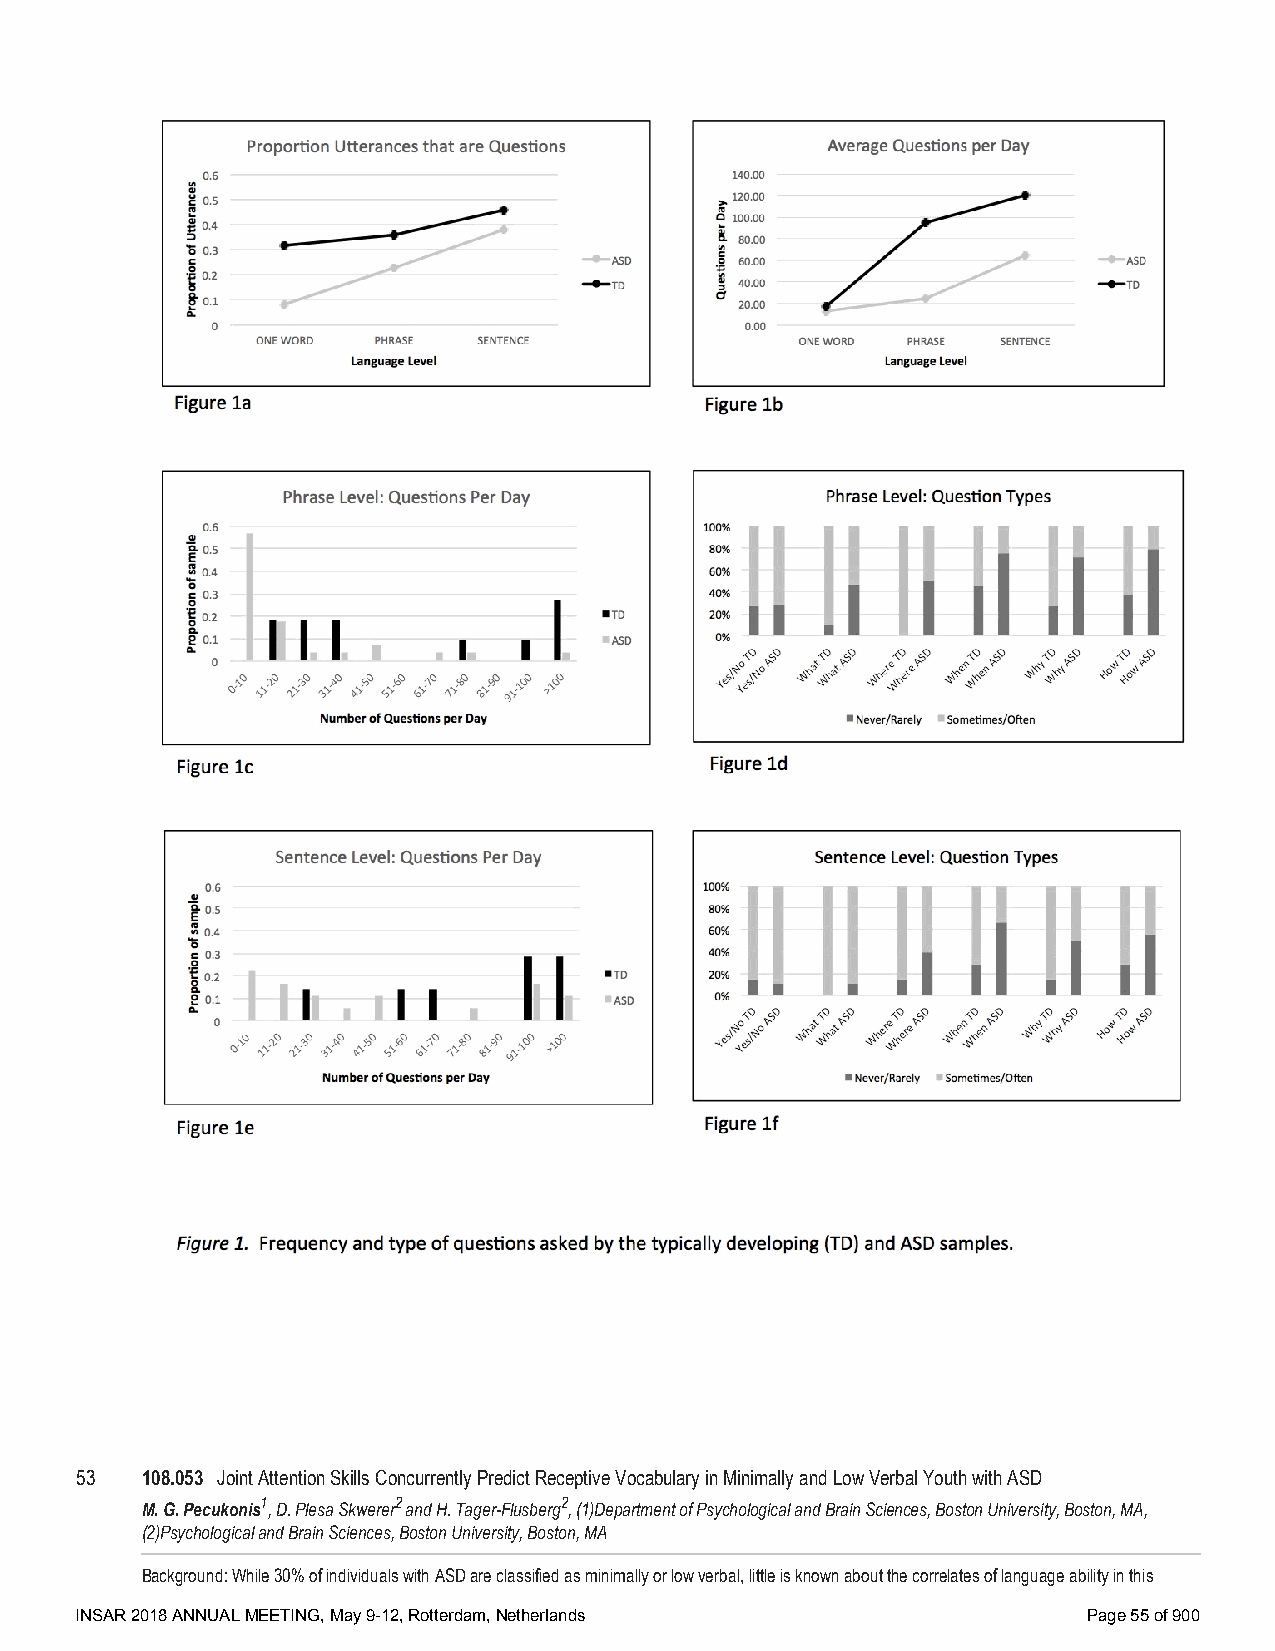
53  108.053 Joint Attention Skills Concurrently Predict Receptive Vocabulary in Minimally and Low Verbal Youth with ASD
 M. G. Pecukonis1, D. Plesa Skwerer2 and H. Tager-Flusberg2, (1)Department of Psychological and Brain Sciences, Boston University, Boston, MA,
 (2)Psychological and Brain Sciences, Boston University, Boston, MA
 Background: While 30% of individuals with ASD are classified as minimally or low verbal, little is known about the correlates of language ability in this
 INSAR 2018 ANNUAL MEETING, May 9-12, Rotterdam, Netherlands        Page 55 of 900